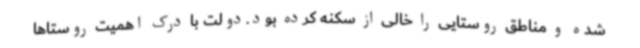
شده و مناطق روستایی را خالی از سکنه کرده بود.دولت با درک اهمیت روستاها